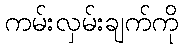
ကမ်းလှမ်းချက်ကို